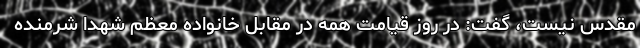
مقدس نیست، گفت: در روز قیامت همه در مقابل خانواده معظم شهدا شرمنده